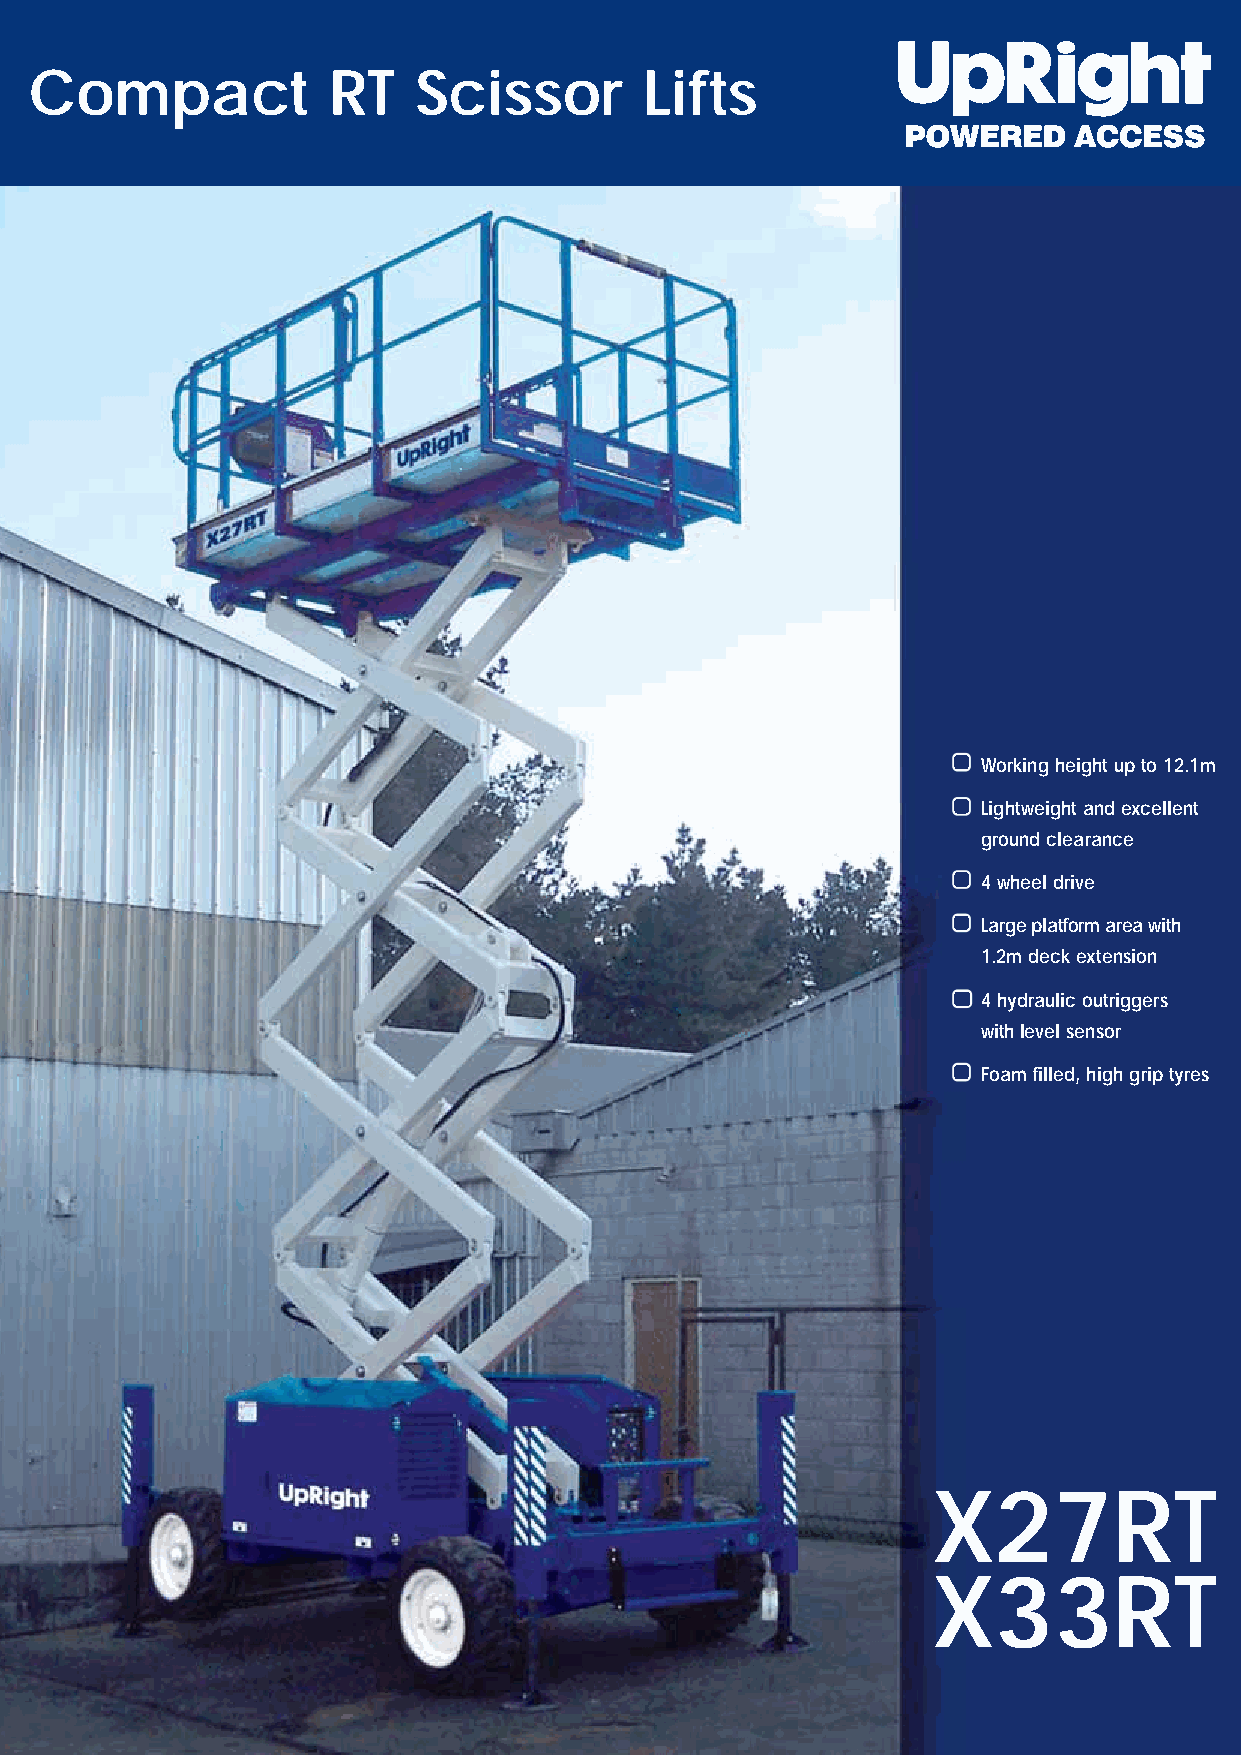
Compact             RT   Scissor         Lifts
 Working height up to 12.1m
 Lightweight and excellent
 ground clearance
 4 wheel drive
 Large platform area with
 1.2m deck extension
 4 hydraulic outriggers
 with level sensor
 Foam filled, high grip tyres
 X27RT
 X33RT